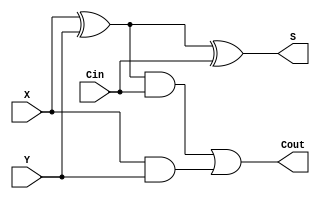
/* Module Properties:
 @author Stylianos Tsarsitalidis
 - Adder circuit with ripple carry.
 - It is made of many 1-bit full adders.
 - It can have the carry (re)fed. (the Cin port)
 */

// 1-bit full adder, used in the ripple carry full adder.
module full_adder(input X, input Y, input Cin, output  S, output  Cout);
    wire   w0,w1,w2;

    xor GX0(w0, X, Y);
    xor GX1(S, w0, Cin);
    and GA0(w1, w0, Cin);
    and GA1(w2, X, Y);
    or GO0(Cout, w1, w2);
endmodule

module rippe_carry_adder(input [2:0] X,
			 input [2:0]  Y,
			 input Cin,
			 output [2:0] S,
			 output       Cout);

    wire 			      w0, w1;

    full_adder fa0(X[0], Y[0], Cin, S[0], w0);
    full_adder fa1(X[1], Y[1], w0, S[1], w1);
    full_adder fa2(X[2], Y[2], w1, S[2], Cout);
endmodule